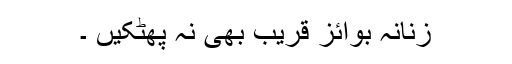
زنانہ بوائز قریب بھی نہ پھٹکیں ۔